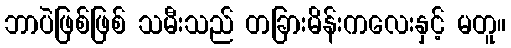
ဘာပဲဖြစ်ဖြစ် သမီးသည် တခြားမိန်းကလေးနှင့် မတူ။